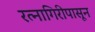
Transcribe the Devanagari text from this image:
रत्‍नागिरीपासून